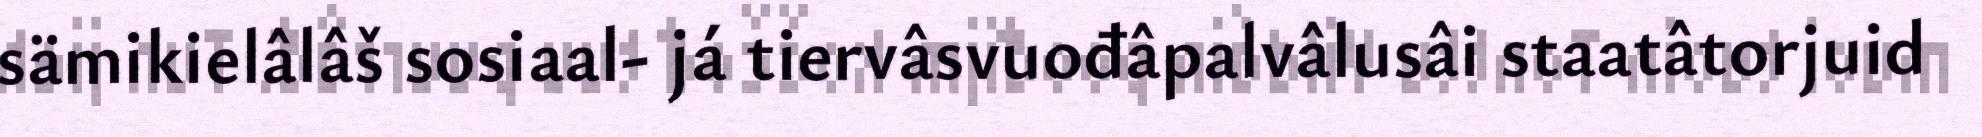
sämikielâlâš sosiaal- já tiervâsvuođâpalvâlusâi staatâtorjuid